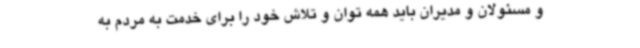
و مسئولان و مدیران باید همه توان و تلاش خود را برای خدمت به مردم به